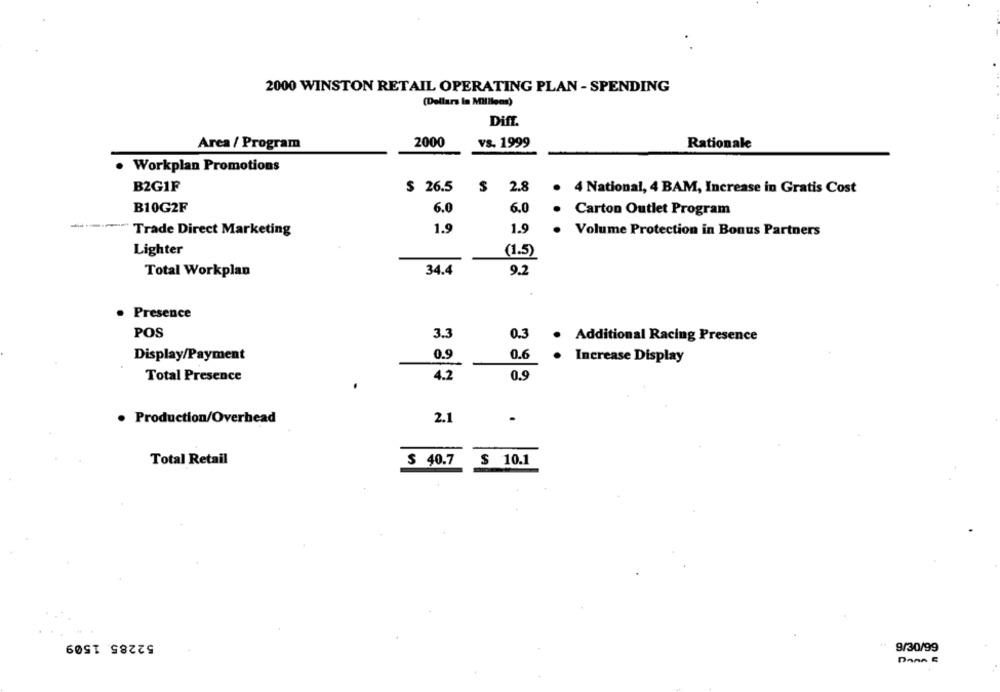
2000 WINSTON RETAIL OPERATING PLAN - SPENDING
(Dollars In Millions)
Diff.
Area / Program
2000
vs. 1999
Rationale
Workplan Promotions
B2G1F
$ 26.5
$ 2.8
. 4 National, 4 BAM, Increase in Gratis Cost
B10G2F
6.0
6.0
Carton Outlet Program
1.9
1.9
"" Trade Direct Marketing
.
Volume Protection in Bonus Partners
Lighter
(1.5)
Total Workplan
34.4
9.2
Presence
POS
3.3
0.3
Additional Racing Presence
Display/Payment
0.9
0.6
Increase Display
Total Presence
4.2
0.9
· Production/Overhead
2.1
Total Retail
$ 40.7
$ 10.1
52285. 1509
9/30/99